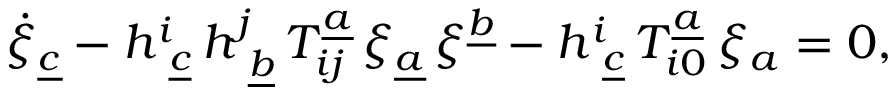
\dot { \xi } _ { \underline { { { c } } } } - { h } _ { \ \underline { { { c } } } } ^ { i } \, { h } _ { \ \underline { { { b } } } } ^ { j } \, T _ { i j } ^ { \underline { { { a } } } } \, \xi _ { \underline { { { a } } } } \, \xi ^ { \underline { { { b } } } } - { h } _ { \ \underline { { { c } } } } ^ { i } \, T _ { i 0 } ^ { \underline { { { a } } } } \, \xi _ { { a } } = 0 ,